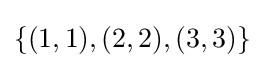
\{(1,1),(2,2),(3,3)\}